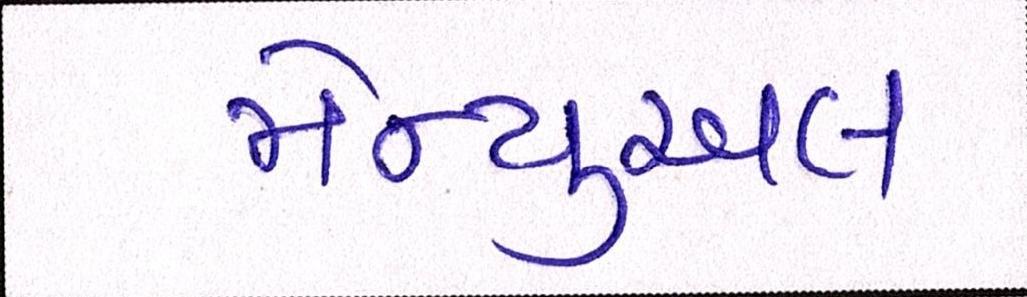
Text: મેન્યુઅલ